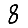
Digit: 8